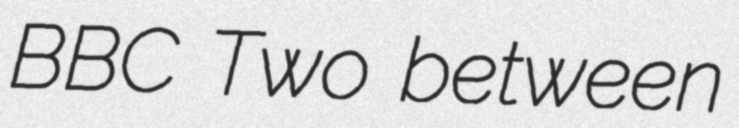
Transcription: BBC Two between